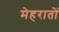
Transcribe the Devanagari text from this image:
मेहरातों